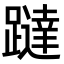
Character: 躂